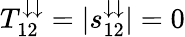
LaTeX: T_{12}^{\downarrow\downarrow}=|s_{12}^{\downarrow\downarrow}|=0